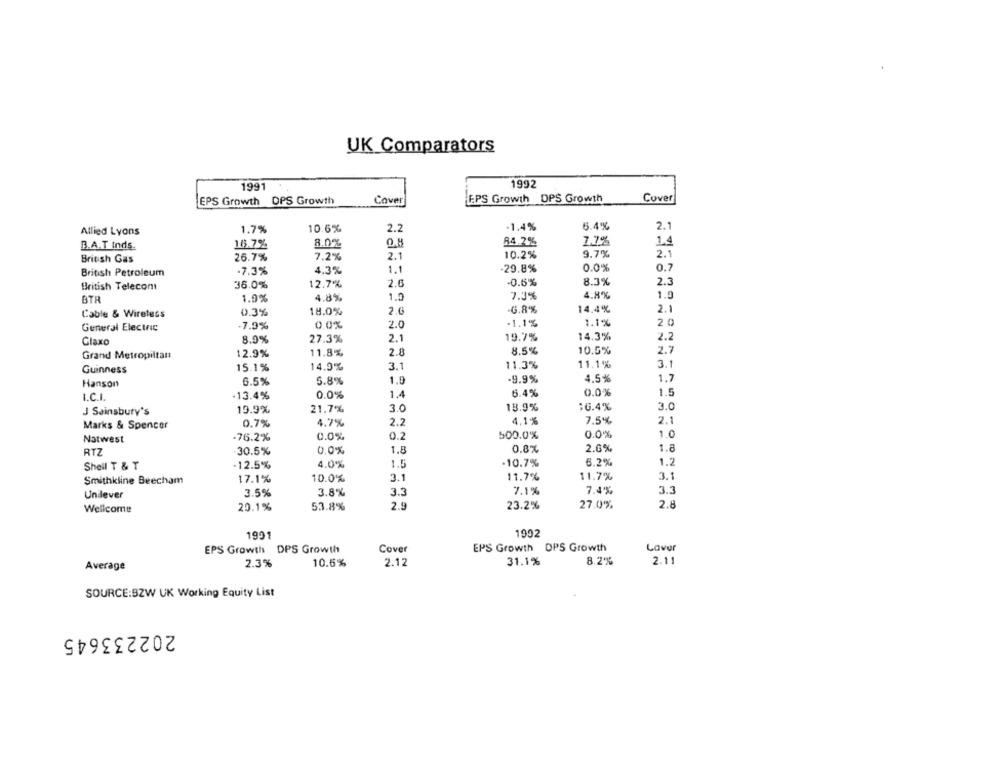
UK Comparators
1992
1991
Cover
FPS Growth DPS Growth
Cover
EPS Growth OPS Growth
Allied Lyons
1.7%
10.6%
2.2
-1.4%
6.4%
2.1
B.A.T Inds.
16.7%
8.0%
0.8
84.2%
7.7%
1.4
9.7%
2.1
British Gas
26.7%
7.2%
2.1
10.2%
1.1
-29.8%
0.0%
0.7
British Petroleum
.7.3%
4.3%
36.0%
12.7%
-0.6%
8.3%
2.3
British Telecom
1.9%
4.8%
1.0
7.3%
4.8%
1.9
14.4%
Cable & Wireless
0.3%
18.0%
2.6
-6.8%
2.1
.1.1%
1.1%
20
General Electric
7.9%
0.0%
2.0
2.1
19.7%
14.3%
2.2
Glaxo
8.9%
27.3%
12.9%
11.8%
2.1
8.5%
10.5%
2.7
Grand Metropiltan
Guinness
15.1%
14.9%
3.1
11.3%
11.1%
3.1
1.7
Hanson
6.5%
5.8%
1.5
.9.9%
4.5 %
0.0%
1.5
I.C.L.
.13.4%
0.0%
1.4
6.4%
3.0
13.9%
16.4%
3.0
J Sainsbury's
19.9%
21.7%
0.7%
4.7%
2.2
4,1%
7.5%
2.1
Marks & Spencer
Natwest
.76.2%
0.0%
0.2
500.0%
0.0%
1.0
RTZ
30.5%
0.0%
1.8
0.8%
2.0%
1.8
1.2
Shell T & T
-12.5%
4.0%
1.5
.10.7%
6.2%
11.7%
3.1
Smithkline Beecham
17.1%
10.0%
3.1
11.7%
3.8%
3.3
7.1%
7.4%
3.3
Unilever
3.5%
53.8%
2.9
23.2%
27.0%
2.8
Wellcome
20.1%
1991
1992
EPS Growth DPS Growth
Cover
EPS Growth OPS Growth
Laver
8.2%
2.11
Average
2.3%
10.6%
2.12
31.1%
SOURCE:BZW UK Working Equity List
202233645